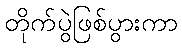
တိုက်ပွဲဖြစ်ပွားကာ